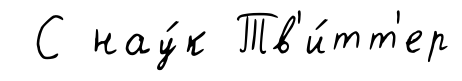
С нау́к Тв'и́тт'ер